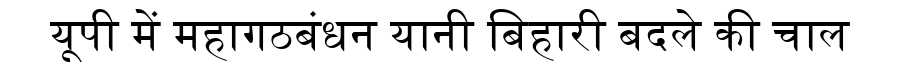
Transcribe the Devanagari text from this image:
यूपी में महागठबंधन यानी बिहारी बदले की चाल